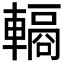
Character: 𮝣